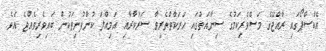
އެކްސްޕޯގައި ރާއްޖޭގެ މަސްވެރިކަމުގެ ސިނާއަތުގައި ހަރަކާތްތެރިވާ ސަރުކާރާއި އަމިއްލަ ކުންފުނިތަކުން ބައިވެރިވެއްޖެ އެވެ.